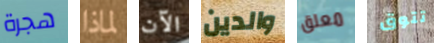
هجرة لماذا الآن والدين معلق تتوق